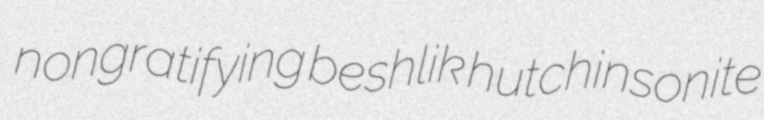
nongratifying beshlik hutchinsonite